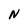
Character: N